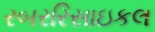
રબરરિસાઇકલ